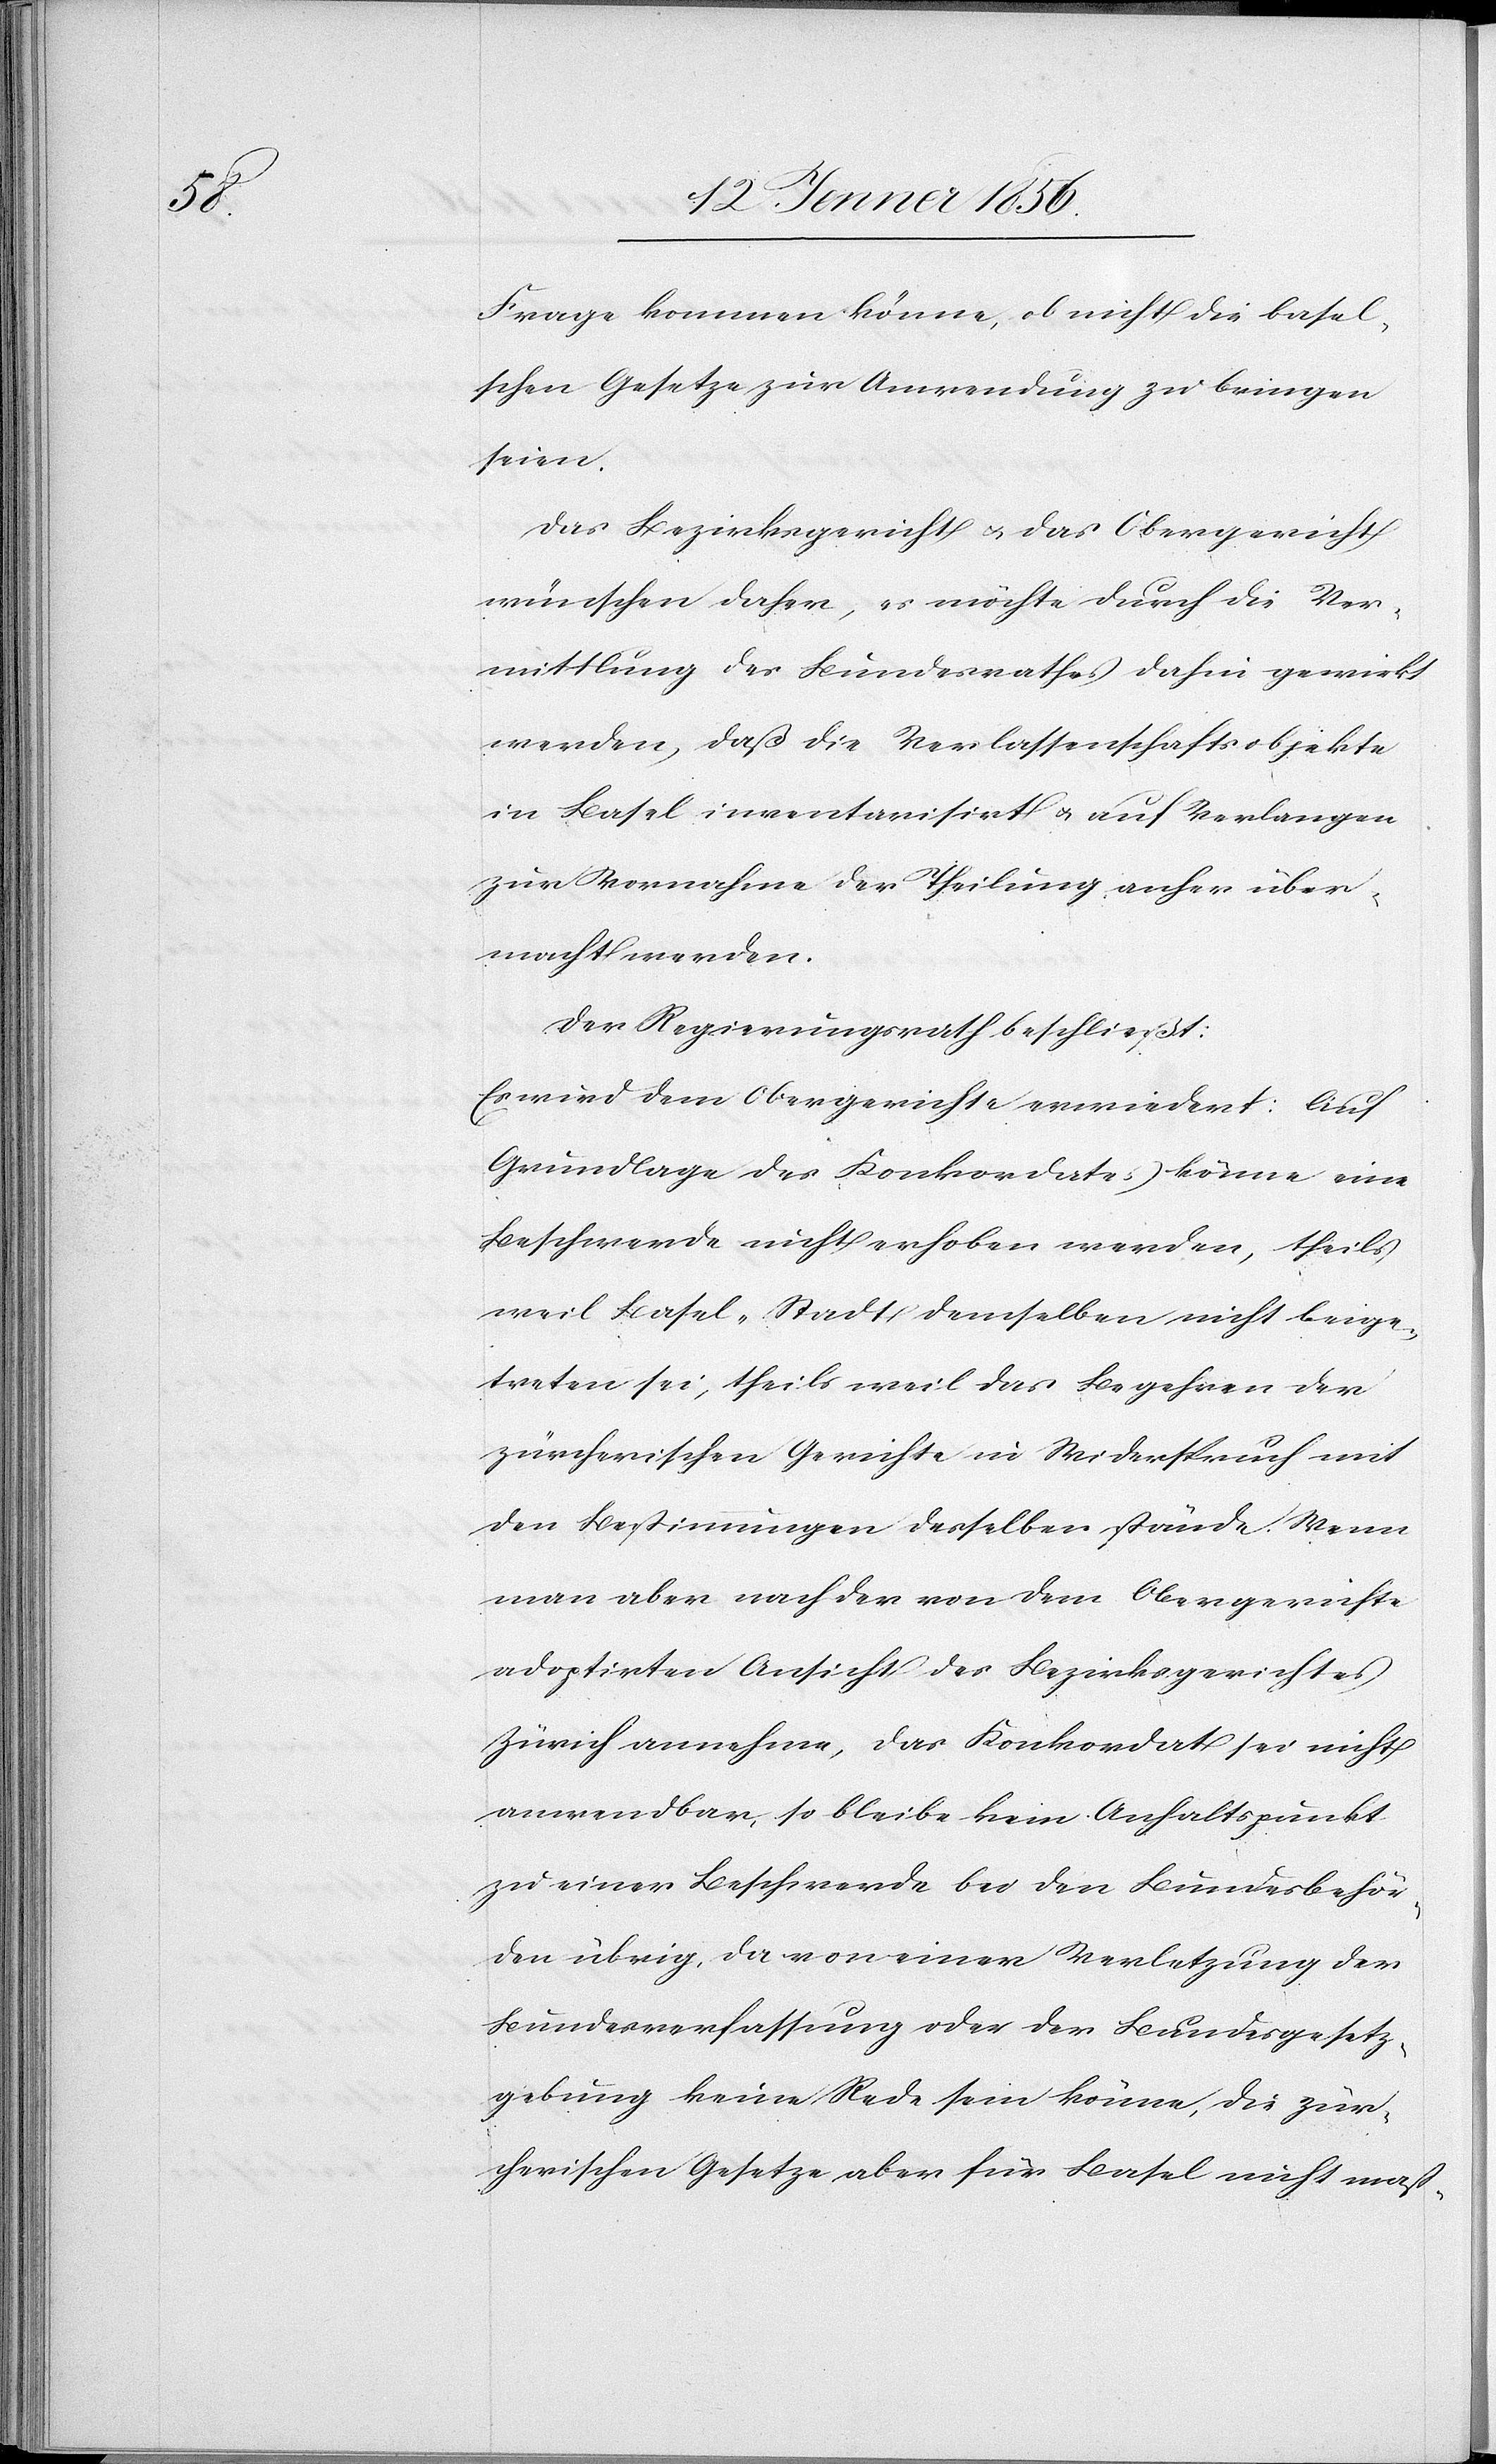
Frage kommen könne, ob nicht die Basel¬
schen Gesetze zur Anwendung zu bringen
seien.
Das Bezirksgericht u. das Obergericht
wünschen daher, es möchte durch die Ver¬
mittlung des Bundesrathes dahin gewirkt
werden, daß die Verlassenschaftsobjekte
in Basel inventarisirt u. auf Verlangen
zur Vornahme der Theilung anher über¬
macht werden.
Der Regierungsrath beschließt:
Es wird dem Obergerichte erwiedert: Auf
Grundlagen des Konkordates könne eine
Beschwerde nicht erhoben werden, theils
weil Basel-Stadt demselben nicht beige¬
treten sei, theils weil das Begehren der
zürcherischen Gerichte in Widerspruch mit
den Bestimmungen derselben stände. Wenn
man aber nach der von dem Obergerichte
adoptirten Ansicht des Bezirksgerichtes
Zürich annehme, das Konkordat sei nicht
anwendbar, so bleibe kein Anhaltspunkt
zu einer Beschwerde bei den Bundesbehör¬
den übrig, da von einer Verletzung der
Bundesverfassung oder der Bundesgesetz¬
gebung keine Rede sein könne, die zür¬
cherischen Gesetze aber für Basel nicht maß-